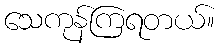
သေကုန်ကြရတယ်။